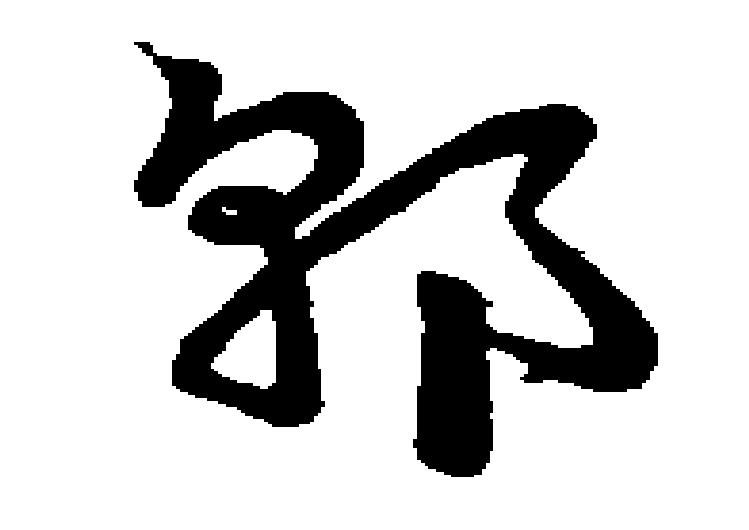
郭